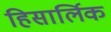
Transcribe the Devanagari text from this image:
हिसार्लिक